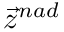
{ \vec { z } } ^ { n a d }